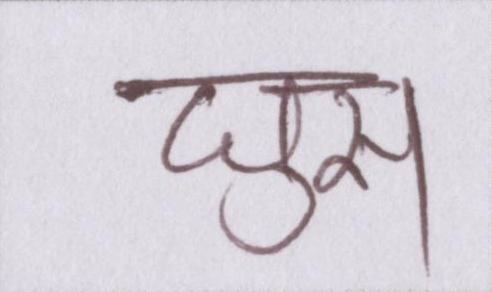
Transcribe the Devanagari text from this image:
घुस